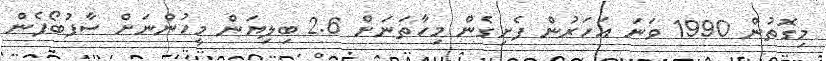
މިގޮތުން 1990 ވަނަ އަހަރުން ފެށިގެން މިހާތަނަށް 2.6 ބިލިޔަން މީހުންނަށް ސާފުބޯފެން